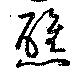
醮